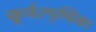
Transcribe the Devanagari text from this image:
कूर्परपृष्ठिका